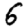
Digit: 6